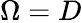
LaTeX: \Omega=D